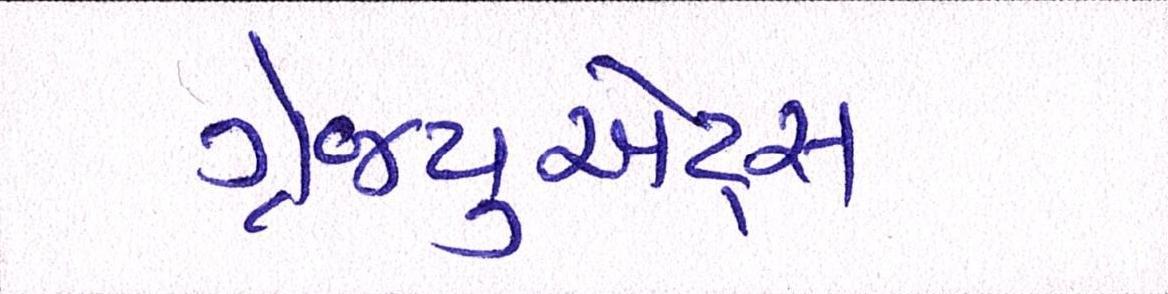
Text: ગ્રેજ્યુએટ્સ